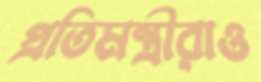
প্রতিমন্ত্রীরাও